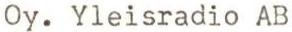
Oy. Yleisradio AB